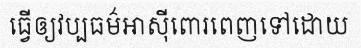
ធ្វើឲ្យវប្បធម៌អាស៊ីពោរពេញទៅដោយ